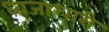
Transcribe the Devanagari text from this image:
ध्वजाधारी